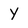
Character: y